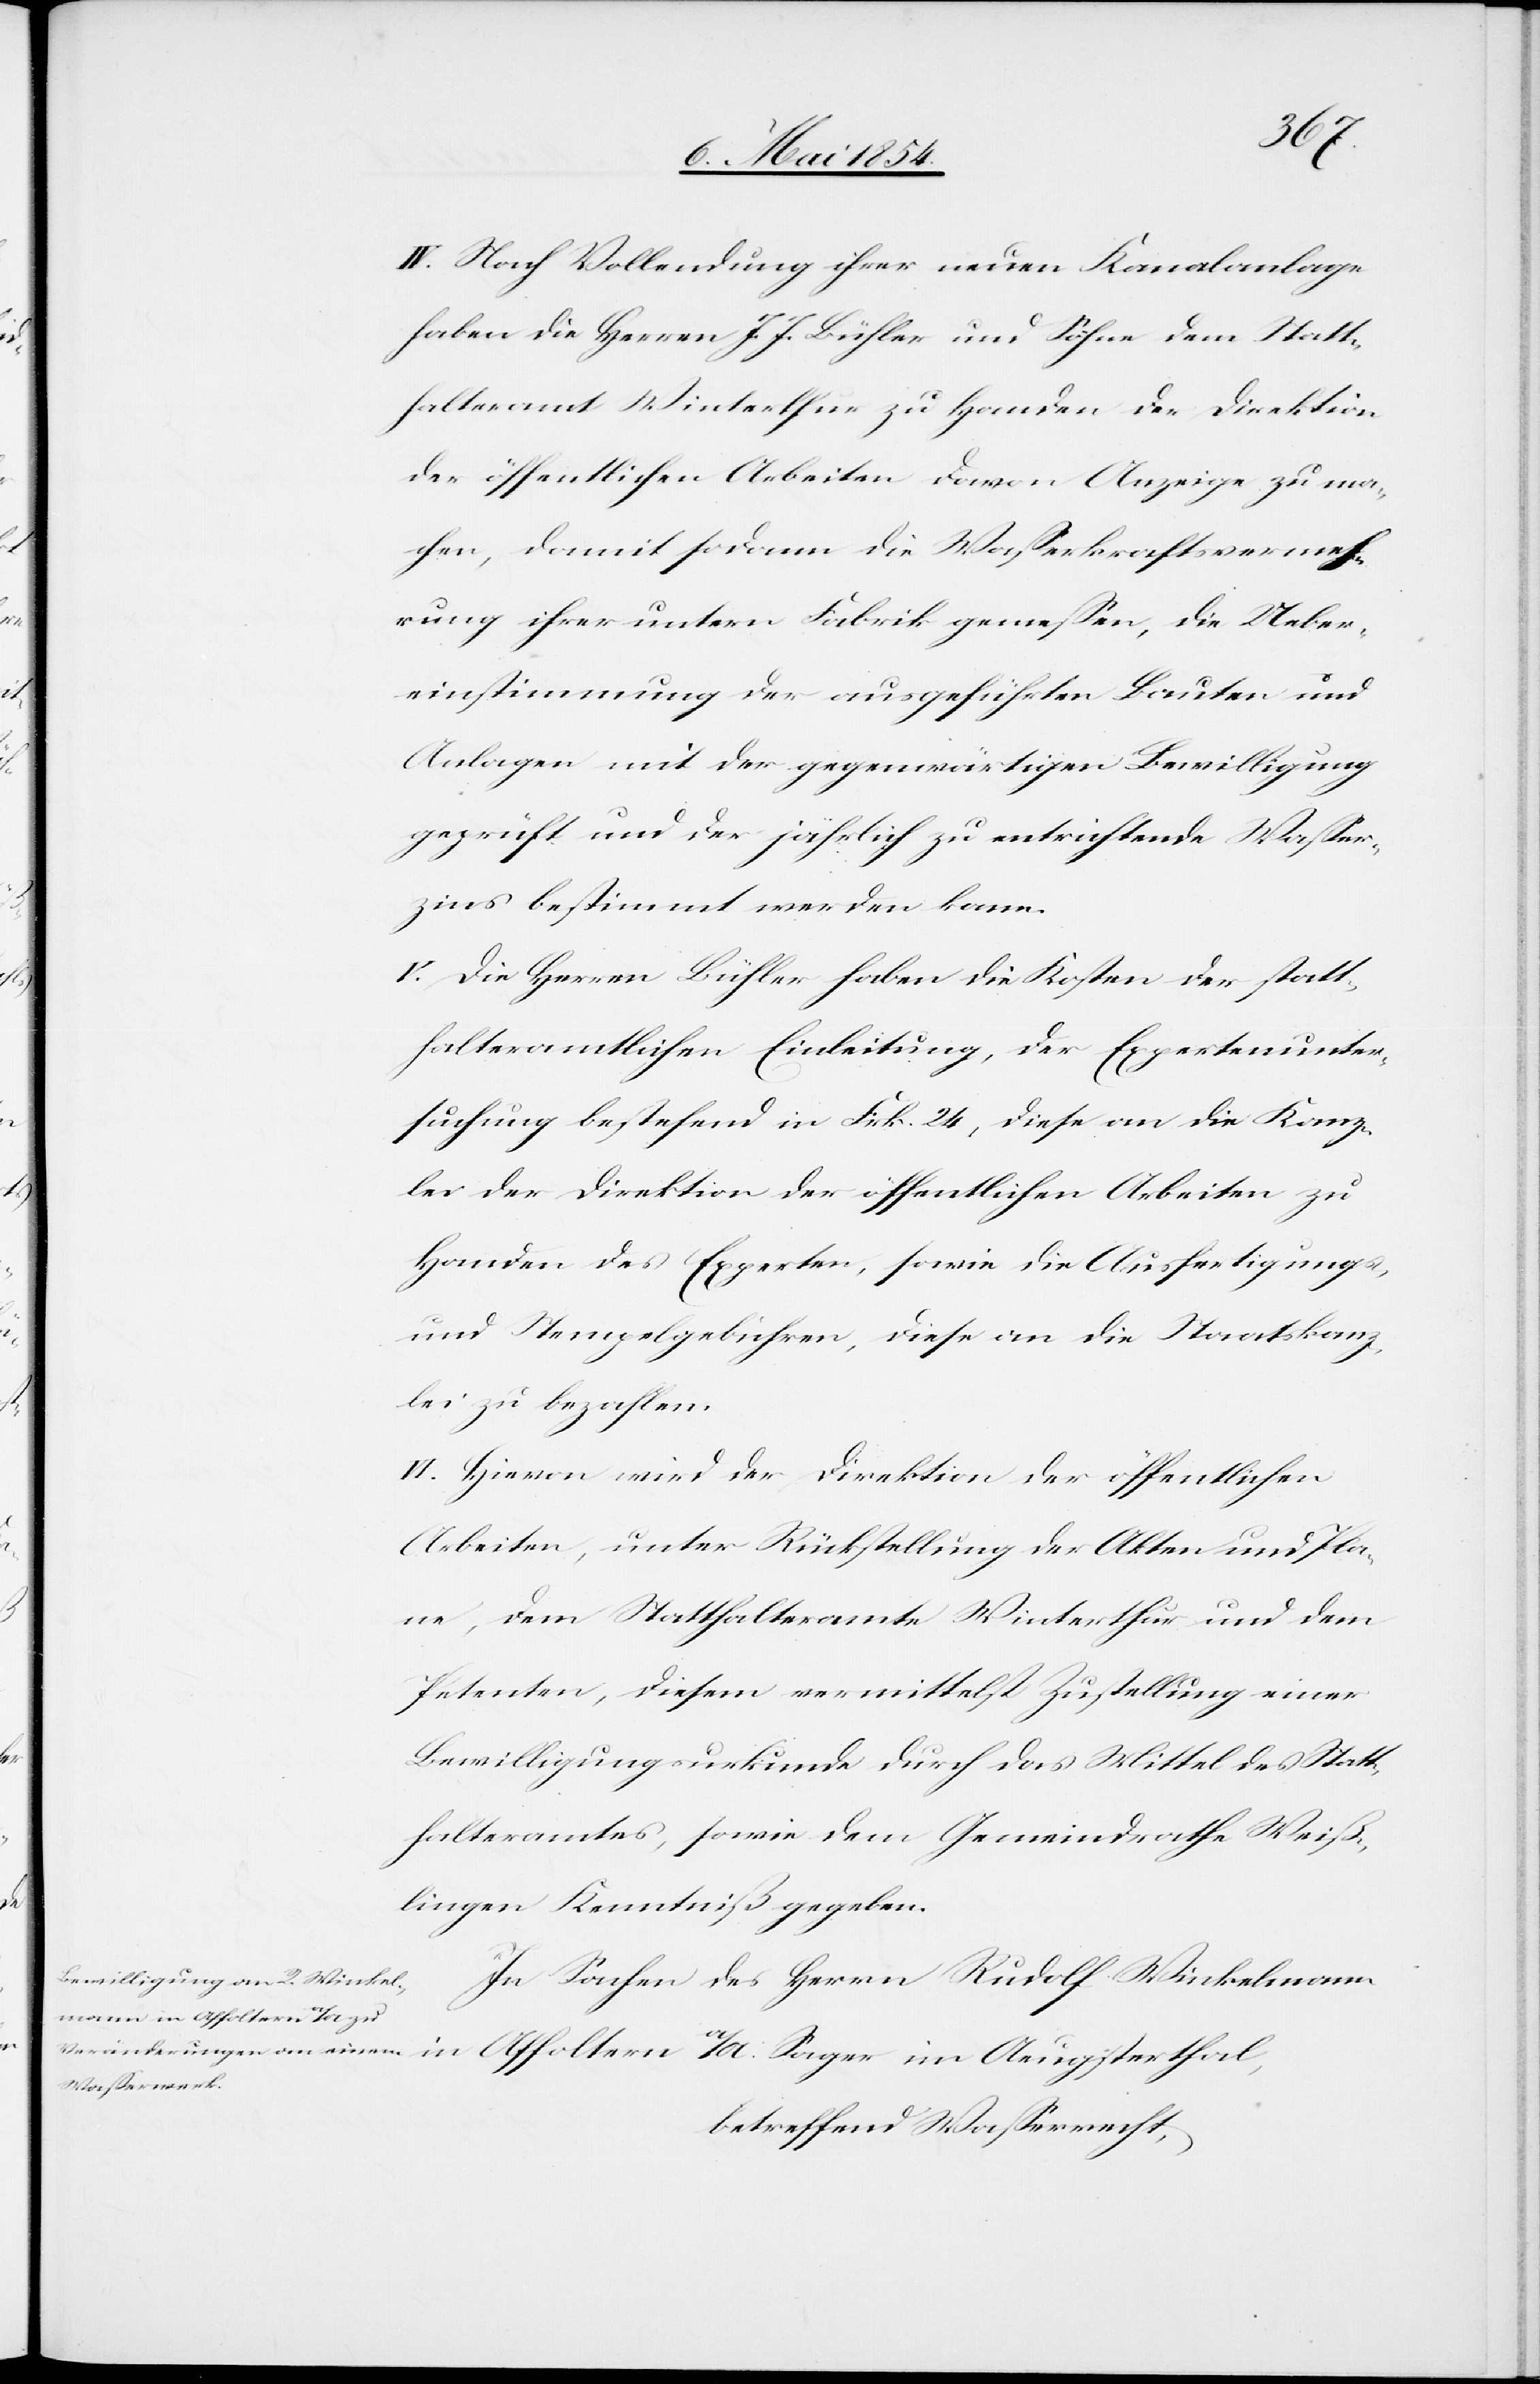
IV. Nach Vollendung ihrer neuen Kanalanlage
haben die Herren J. J. Bühler und Söhne dem Statt¬
halteramt Winterthur zu Handen der Direktion
der öffentlichen Arbeiten davon Anzeige zu ma¬
chen, damit sodann die Waßerkraftsvermeh¬
rung ihrer untern Fabrik gemeßen, die Ueber¬
einstimmung der ausgeführten Bauten und
Anlagen mit der gegenwärtigen Bewilligung
geprüft und der jährlich zu entrichtende Waßer¬
zins bestimmt werden kann.
V. Die Herren Bühler haben die Kosten der statt¬
halteramtliche Einleitung, der Expertenunter¬
suchung bestehend in Frk. 24, diese an die Kanz¬
lei der Direktion der öffentlichen Arbeiten zu
Handen des Experten, sowie die Ausfertigungs-
und Stempelgebühren, diese an die Staatskanz¬
lei zu bezahlen.
VI. Hievon wird der Direktion der öffentlichen
Arbeiten, unter Rückstellung der Akten und Pla¬
ne, dem Statthalteramte Winterthur und dem
Petenten, diesem vermittelst Zustellung einer
Bewilligungsurkunde durch das Mittel des Statt¬
halteramtes, sowie dem Gemeindrathe Weiß¬
lingen Kenntniß gegeben.
In Sachen des Herrn Rudolf Winkelmann
betreffend Waßerrecht,